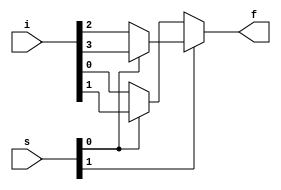
`timescale 1ns / 1ps
//////////////////////////////////////////////////////////////////////////////////
// Company: 
// Engineer: 
// 
// Design Name: 
// Module Name: MUX4to1
// Project Name: 
// Target Devices: 
// Tool Versions: 
// Description: 
// 
// Dependencies: 
// 
// Revision:
// Revision 0.01 - File Created
// Additional Comments:
// 
//////////////////////////////////////////////////////////////////////////////////


module MUX4to1(i,s,f);
input [3:0]i;
input [1:0]s;
output f;
assign f = s[1]?(s[0]?i[3]:i[2]):(s[0]?i[1]:i[0]);
endmodule

module stimulus;
reg [1:0]s;
reg [3:0]i;
wire f;
MUX4to1 uut(i,s,f);
initial
begin
    i = 4'b1010;
    s = 2'd0;
    #10 s = 2'd1;
    #10 s = 2'd2;
    #10 s = 2'd3;
end
endmodule